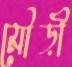
মৌড়ী